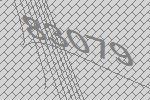
83079